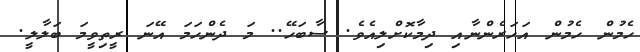
ހެމުން ހެމުން އަހަރެންނާއި ދިމާކޮށްލިއެވެ. ސާބަހޭ.. މަ ދެންހަމަ އޭނަ ރީތިވީމަ ބަލާލީ.